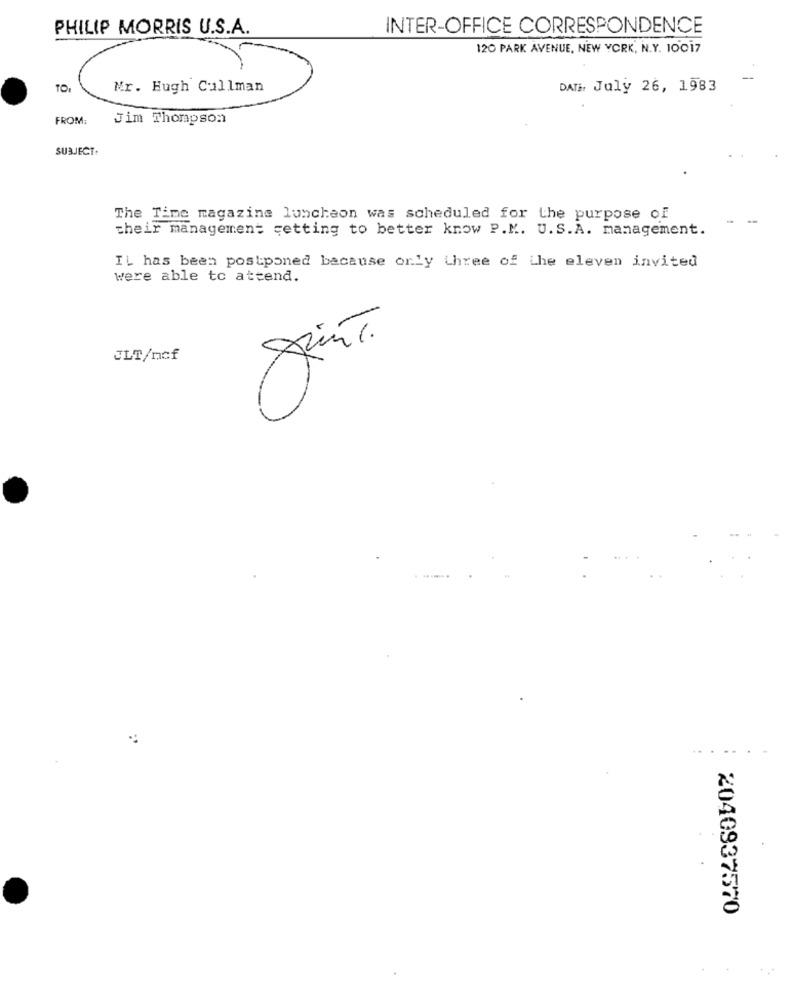
PHILIP MORRIS U.S.A.
INTER-OFFICE CORRESPONDENCE
120 PARK AVENUE, NEW YORK, N.Y. 10017
-
TOI
Mr. Hugh Cullman
DATE, July 26, 1983
FROM:
Jim Thompson
SUBJECT.
The Time magazine luncheon was scheduled for the purpose of
their management getting to better know P.M. U.S.A. management.
IL has been postponed bacause only three of Lhe eleven invited
were able to attend.
Saint.
JLT/ncf
.....
2040937570